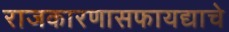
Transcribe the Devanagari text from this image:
राजकारणासफायद्याचे